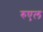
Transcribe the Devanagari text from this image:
रुएल